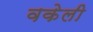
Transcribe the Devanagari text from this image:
वकेली